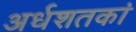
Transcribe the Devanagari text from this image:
अर्धशतकां